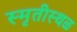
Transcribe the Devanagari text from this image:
स्मृतीस्थळ